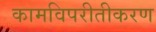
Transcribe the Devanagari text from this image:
कामविपरीतीकरण